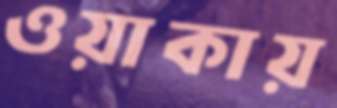
ওয়াকায়